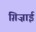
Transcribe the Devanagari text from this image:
ग़िज़ाई